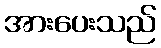
အားပေးသည်